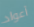
أعواد